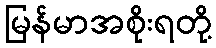
မြန်မာအစိုးရတို့